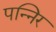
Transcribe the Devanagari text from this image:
पन्निर